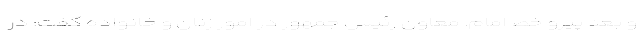
و بعد پیرو خط امام. معاون رئیس جمهور در امور زنان و خانواده گفت: در